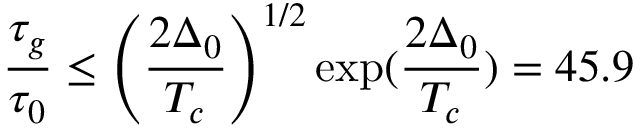
\frac { \tau _ { g } } { \tau _ { 0 } } \leq \left( \frac { 2 \Delta _ { 0 } } { T _ { c } } \right) ^ { 1 / 2 } \exp ( \frac { 2 \Delta _ { 0 } } { T _ { c } } ) = 4 5 . 9